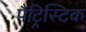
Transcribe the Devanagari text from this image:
पैट्रिस्टिक